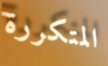
المتكررة